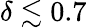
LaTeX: \delta\lesssim 0.7